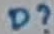
Text: D?